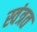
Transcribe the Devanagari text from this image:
स्वंत्रत